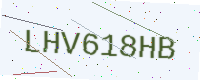
Text: LHV618HB